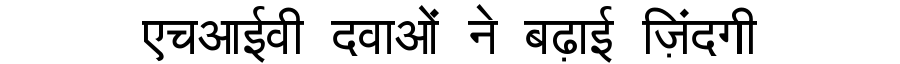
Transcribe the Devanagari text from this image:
एचआईवी दवाओं ने बढ़ाई ज़िंदगी